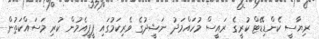
ރިޔާސީ ކެންޑިޑޭޓް ކުރީގެ ރައީސް މުހައްމަދު ނަޝީދުގެ ވެރިކަމުގައި ޕީޕީއެމުން ކުރި މަސައްކަތުން